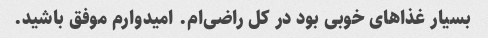
بسیار غذاهای خوبی بود در کل راضی‌ام. امیدوارم موفق باشید.